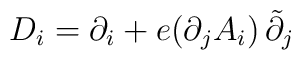
D_{i} = \partial_{i} + e (\partial_{j}A_{i})\,\tilde{\partial}_{j}